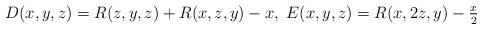
LaTeX: \begin{align*}D(x,y,z)=R(z,y,z)+R(x,z,y)-x,\; E(x,y,z)=R(x,2z,y)-\tfrac{x}{2}\end{align*}